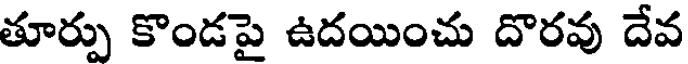
తూర్పు కొండపై ఉదయించు దొరవు దేవ